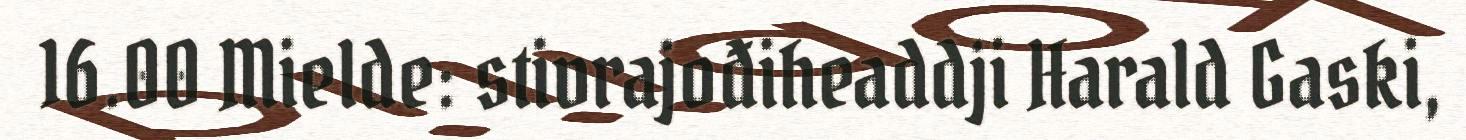
16.00 Mielde: stivrajođiheaddji Harald Gaski,